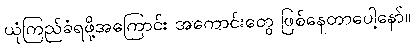
ယုံကြည်ခံရဖို့အကြောင်း အကောင်းတွေ ဖြစ်နေတာပေါ့နော်။